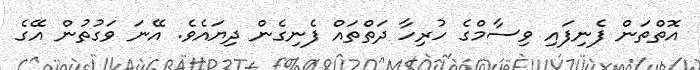
އޮތްތަން ފެނިފައި ވިސާމްގެ ހުރިހާ ދަތްތައް ފެނިގެން ދިޔައެވެ. އޭނަ ވަގުތުން އޭގެ